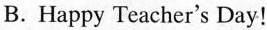
B. Happy Teacher's Day!